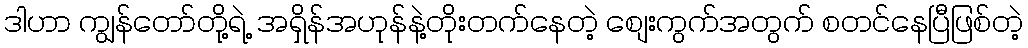
ဒါဟာ ကျွန်တော်တို့ရဲ့ အရှိန်အဟုန်နဲ့တိုးတက်နေတဲ့ စျေးကွက်အတွက် စတင်နေပြီဖြစ်တဲ့